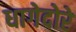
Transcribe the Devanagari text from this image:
धागेदोरे